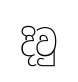
දිවු